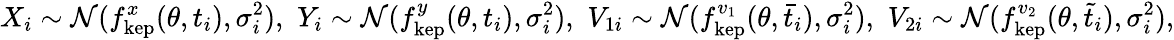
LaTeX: X_{i}\sim\mathcal{N}(f_{\mathrm{kep}}^{x}(\theta,t_{i}),\sigma_{i}^{2}),\, \, Y_{i}\sim\mathcal{N}(f_{\mathrm{kep}}^{y}(\theta,t_{i}),\sigma_{i}^{2}),\, \, V_{1i}\sim\mathcal{N}(f_{\mathrm{kep}}^{v_{1}}(\theta,\bar{t}_{i}),\sigma_{i}^{2}),\, \, V_{2i}\sim\mathcal{N}(f_{\mathrm{kep}}^{v_{2}}(\theta,\tilde{t}_{i}),\sigma_{i}^{2}),